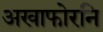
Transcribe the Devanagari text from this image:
अखाफोरनि